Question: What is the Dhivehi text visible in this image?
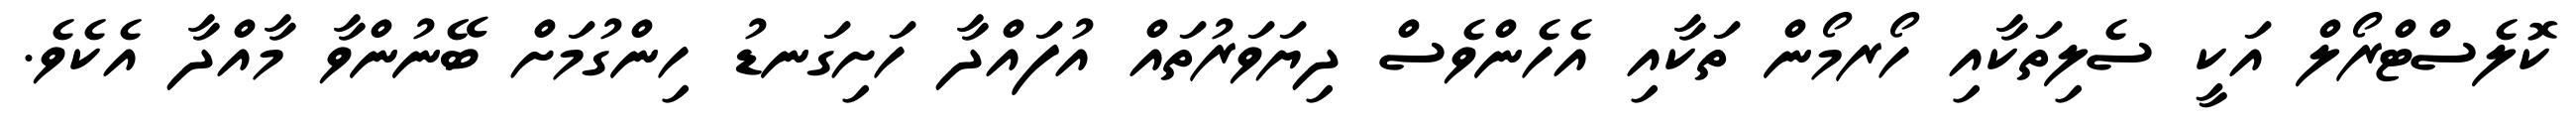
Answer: ކޮލެސްޓްރޯލް އަކީ ސެލިތަކާއި ހޯރމޯން ތަކާއި އެހެންވެސް ދިޔަވަރުތައް އުފައްދާ ހަށިގަނޑު ހިންގުމަށް ބޭނުންވާ މާއްދާ އެކެވެ.